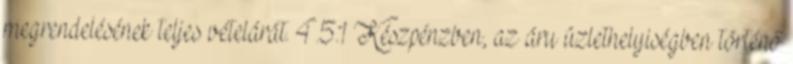
megrendelésének teljes vételárát. 4.5.1 Készpénzben, az áru üzlethelyiségben történő